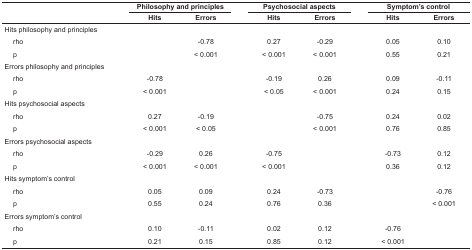
| <ROWSPAN=2-COLSPAN=2>  | <COLSPAN=3> Philosophy and principles |  | <COLSPAN=2> Psychosocial aspects |  | Symptom’s control |
 | Hits | Errors |  | Hits | Errors |  | Hits | Errors |
 | --- | --- | --- | --- | --- | --- | --- | --- | --- | --- |
 | <COLSPAN=2> Hits philosophy and principles |  |  |  |  |  |  |  |  |
 | <ROWSPAN=2>  | rho |  | -0.78 |  | 0.27 | -0.29 |  | 0.05 | 0.10 |
 | p |  | < 0.001 |  | < 0.001 | < 0.001 |  | 0.55 | 0.21 |
 | <COLSPAN=2> Errors philosophy and principles |  |  |  |  |  |  |  |  |
 | <ROWSPAN=2>  | rho | -0.78 |  |  | -0.19 | 0.26 |  | 0.09 | -0.11 |
 | p | < 0.001 |  |  | < 0.05 | < 0.001 |  | 0.24 | 0.15 |
 | <COLSPAN=2> Hits psychosocial aspects |  |  |  |  |  |  |  |  |
 | <ROWSPAN=2>  | rho | 0.27 | -0.19 |  |  | -0.75 |  | 0.24 | 0.02 |
 | p | < 0.001 | < 0.05 |  |  | < 0.001 |  | 0.76 | 0.85 |
 | <COLSPAN=2> Errors psychosocial aspects |  |  |  |  |  |  |  |  |
 | <ROWSPAN=2>  | rho | -0.29 | 0.26 |  | -0.75 |  |  | -0.73 | 0.12 |
 | p | < 0.001 | < 0.001 |  | < 0.001 |  |  | 0.36 | 0.12 |
 | <COLSPAN=2> Hits symptom’s control |  |  |  |  |  |  |  |  |
 | <ROWSPAN=2>  | rho | 0.05 | 0.09 |  | 0.24 | -0.73 |  |  | -0.76 |
 | p | 0.55 | 0.24 |  | 0.76 | 0.36 |  |  | < 0.001 |
 | <COLSPAN=2> Errors symptom’s control |  |  |  |  |  |  |  |  |
 | <ROWSPAN=2>  | rho | 0.10 | -0.11 |  | 0.02 | 0.12 |  | -0.76 |  |
 | p | 0.21 | 0.15 |  | 0.85 | 0.12 |  | < 0.001 |  |